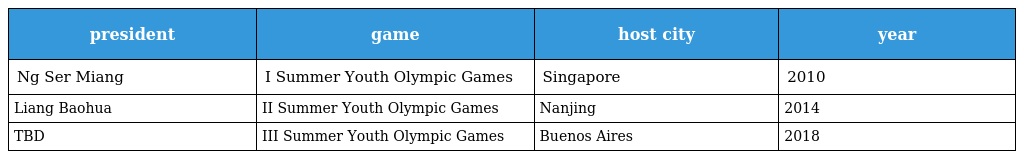
| president | game | host city | year |
 | --- | --- | --- | --- |
 | Ng Ser Miang | I Summer Youth Olympic Games | Singapore | 2010 |
 | Liang Baohua | II Summer Youth Olympic Games | Nanjing | 2014 |
 | TBD | III Summer Youth Olympic Games | Buenos Aires | 2018 |